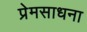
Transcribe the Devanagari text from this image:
प्रेमसाधना